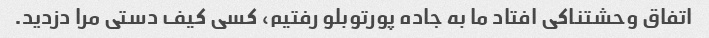
اتفاق وحشتناکی افتاد ما به جاده پورتوبلو رفتیم، کسی کیف دستی مرا دزدید.